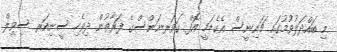
މި ބައްދަލުވުމުގައި ޗައިނީސް އެކެޑަމީ އޮފް ގަވަރނަންސްގެ ފަރާތުން ދިވެހި ސީނިއަރ ސިވިލް